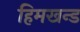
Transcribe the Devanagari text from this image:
हिमखन्ड